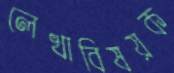
লেখাবিষয়ক